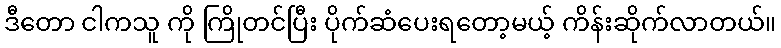
ဒီတော ငါကသူ ကို ကြိုတင်ပြီး ပိုက်ဆံပေးရတော့မယ့် ကိန်းဆိုက်လာတယ်။